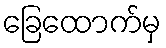
ခြေထောက်မှ